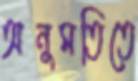
অনুমতিতে